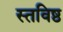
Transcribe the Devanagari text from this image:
स्तविष्ठ